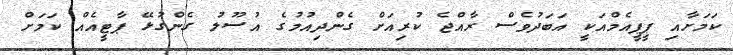
ކަަމަށާއި ޕީޕީއެމްއަކީ އަބަދުވެސް ރާއްޖެ ކުރިއަށް ގެންދިއުމުގެ އުސޫލު ގެންގުޅޭ ޕާޓީއެއް ކަމަށް